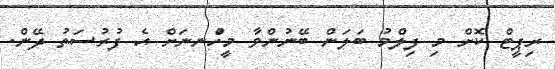
ރިޕީޓް ކޮށް މި ފިލްމު ބަލަން ބޭނުންވާ މީހުްނނަށް އެ ފުރުސަތު ދޭން.